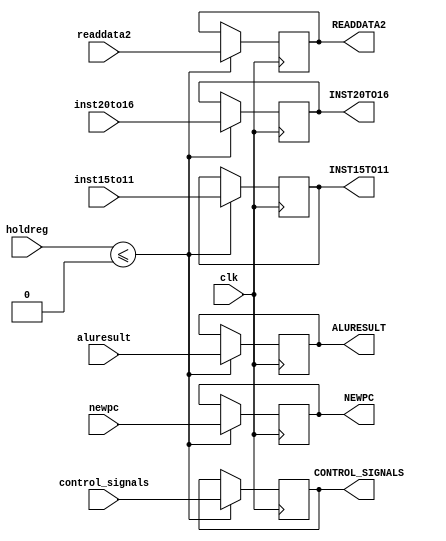
module EX_MEM(holdreg,inst20to16,inst15to11,control_signals,readdata2,aluresult,newpc,clk,
	          INST20TO16,INST15TO11,CONTROL_SIGNALS,READDATA2,ALURESULT,NEWPC);
input holdreg;
input [4:0] inst20to16,inst15to11;
input [6:0] control_signals;  //RegDst 2 bit ,MemtoReg 2bit,RegWrite, Memread,Memwrite
input [31:0] readdata2,aluresult,newpc;
input clk ;
output reg [4:0] INST20TO16,INST15TO11;
output reg [6:0] CONTROL_SIGNALS;
output reg [31:0] READDATA2,ALURESULT,NEWPC;
always @ (posedge clk)
begin
if(holdreg<=0)
begin 
    CONTROL_SIGNALS<=control_signals;
    READDATA2<= readdata2;
    ALURESULT<=aluresult;
    NEWPC<=newpc;   
    INST15TO11<=inst15to11;
    INST20TO16<=inst20to16;
 end   
end
endmodule